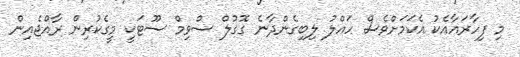
މި ފިހާރައާއެކު އެކަމަށްވެސް ހައްލު ލިބިގެންދާނެ ގޮގުލް ސްވިމް ސޫޓަކީ މީގެކުރިން ރާއްޖެއިން